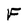
Character: F